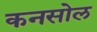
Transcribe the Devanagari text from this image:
कनसोल